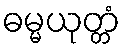
ဓမ္မယုတ္တံ